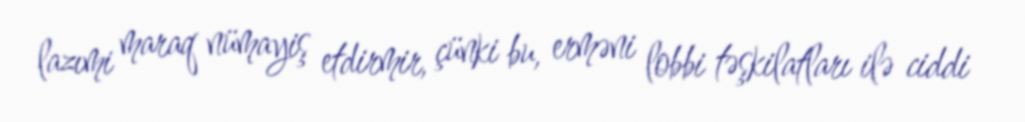
lazımi maraq nümayiş etdirmir, çünki bu, erməni lobbi təşkilatları ilə ciddi